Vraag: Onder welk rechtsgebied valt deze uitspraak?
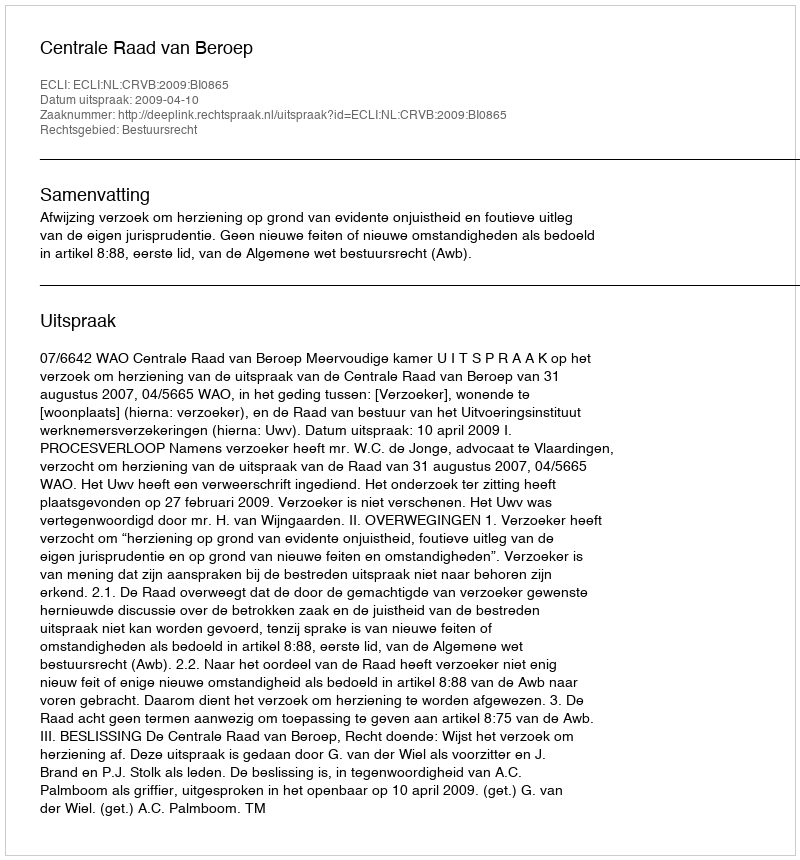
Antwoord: Bestuursrecht